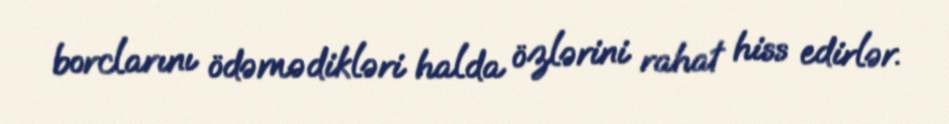
borclarını ödəmədikləri halda özlərini rahat hiss edirlər.